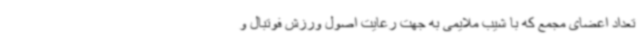
تعداد اعضای مجمع که با شیب ملایمی به جهت رعایت اصول ورزش فوتبال و